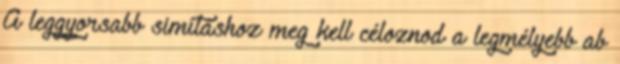
A leggyorsabb simításhoz meg kell céloznod a legmélyebb ab